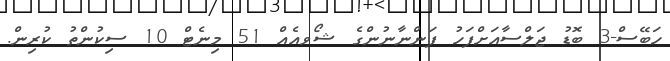
ހަބޭސް-3 ބޮޑު ޖަލްސާއަށްފަހު ފަންނާނުންގެ ޝޯވއެއް 51 މިނެޓް 10 ސިކުންތު ކުރިން.